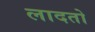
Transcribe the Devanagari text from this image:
लादतो